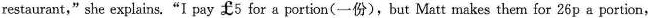
restaurant," she explains."I pay f5 for a portion(一份),but Matt makes them for 26p a portion,